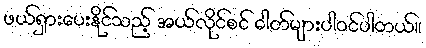
ဖယ်ရှားပေးနိုင်သည့် အယ်လိုင်စင် ဓါတ်များပါဝင်ပါတယ်။